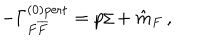
LaTeX: - \Gamma _ { F { \overline { { { F } } } } } ^ { ( 0 ) \mathrm { { p e r t } } } = p { \hspace { - 0 . 2 c m } / } + \hat { m } _ { F } \, ,